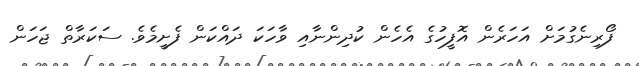
ފޯރިނެގުމަށް އަހަރެން އޮފީހުގެ އެހެން ކުދިންނާއި ވާހަކަ ދައްކަން ފެށީމެވެ. ސަކަރާތް ޖަހަން